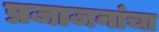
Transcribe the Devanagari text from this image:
प्रजाजनांचा